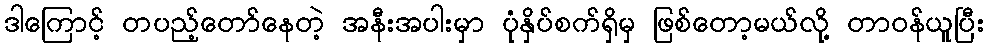
ဒါကြောင့် တပည့်တော်နေတဲ့ အနီးအပါးမှာ ပုံနှိပ်စက်ရှိမှ ဖြစ်တော့မယ်လို့ တာဝန်ယူပြီး